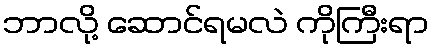
ဘာလို့ ဆောင်ရမလဲ ကိုကြီးရာ